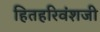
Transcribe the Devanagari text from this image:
हितहरिवंशजी